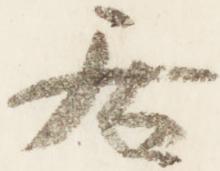
居